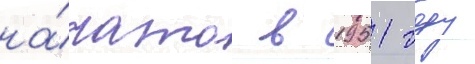
на́чато в 1951 году